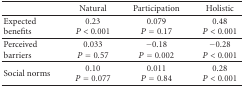
<table><thead><tr><td></td><td><b>Natural</b></td><td><b>Participation</b></td><td><b>Holistic</b></td></tr></thead><tbody><tr><td>Expectedbenefits</td><td>0.23<i>P</i> &lt; 0.001</td><td>0.079<i>P</i> = 0.17</td><td>0.48<i>P</i> &lt; 0.001</td></tr><tr><td>Perceivedbarriers</td><td>0.033<i>P</i> = 0.57</td><td>−0.18<i>P</i> = 0.002</td><td>−0.28<i>P</i> &lt; 0.001</td></tr><tr><td>Social norms</td><td>0.10<i>P</i> = 0.077</td><td>0.011<i>P</i> = 0.84</td><td>0.28<i>P</i> &lt; 0.001</td></tr></tbody></table>